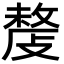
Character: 𢿍